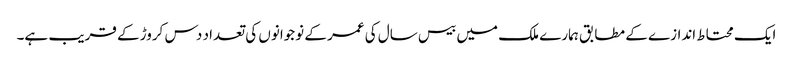
ایک محتاط اندازے کے مطابق ہمارے ملک میں بیس سال کی عمر کے نوجوانوں کی تعداد دس کروڑ کے قریب ہے۔